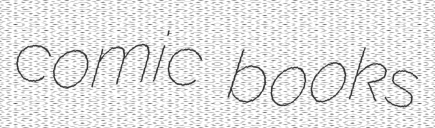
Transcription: comic books